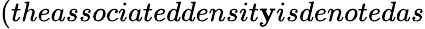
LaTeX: (theassociateddensit\mathbf{y}isdenotedas